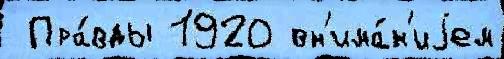
 Пра́вды 1920 вн'има́н'иjем